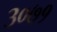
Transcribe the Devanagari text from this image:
३०७१